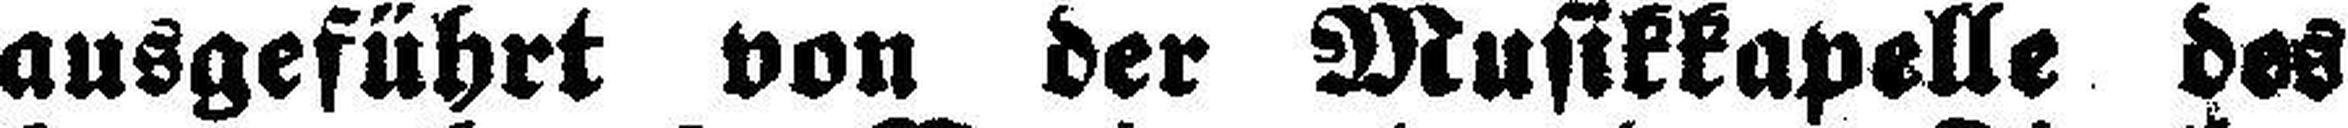
ausgeführt von der Musikkapelle des